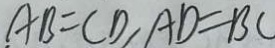
A B = C D , A D = B C